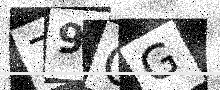
Text: Z9OG